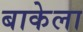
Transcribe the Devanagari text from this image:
बाकेला